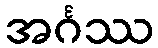
အင်္ဂဿ